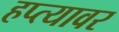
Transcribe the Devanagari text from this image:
हप्त्यावर